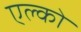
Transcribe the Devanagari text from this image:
एल्को